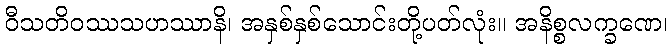
ဝီသတိဝဿသဟဿာနိ၊ အနှစ်နှစ်သောင်းတို့ပတ်လုံး။ အနိစ္စလက္ခဏေ၊